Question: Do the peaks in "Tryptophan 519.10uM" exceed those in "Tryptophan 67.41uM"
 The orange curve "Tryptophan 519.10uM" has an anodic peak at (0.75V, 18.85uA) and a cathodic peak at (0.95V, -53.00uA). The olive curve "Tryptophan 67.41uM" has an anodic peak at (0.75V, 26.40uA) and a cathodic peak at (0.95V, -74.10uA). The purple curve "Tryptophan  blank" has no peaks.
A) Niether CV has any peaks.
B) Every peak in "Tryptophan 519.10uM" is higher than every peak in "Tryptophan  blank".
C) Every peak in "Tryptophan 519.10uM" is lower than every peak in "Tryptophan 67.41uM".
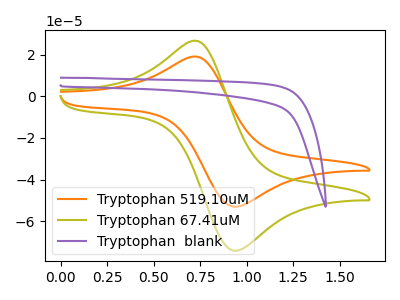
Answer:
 <answer>C) Every peak in "Tryptophan 519.10uM" is lower than every peak in "Tryptophan 67.41uM".</answer>
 <eval>C</eval>